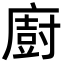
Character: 廚